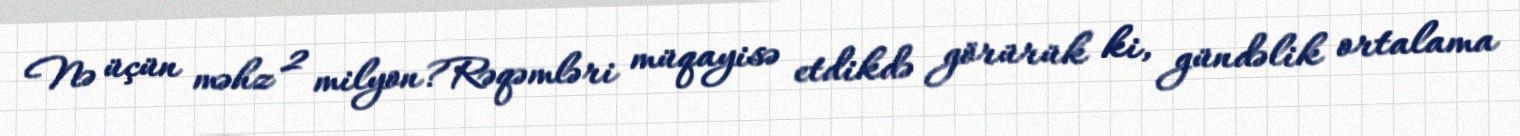
Nə üçün məhz 2 milyon?Rəqəmləri müqayisə etdikdə görürük ki, gündəlik ortalama